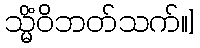
သ္မိံဝိဘတ်သက်။]